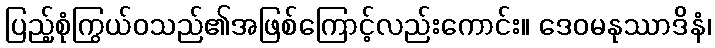
ပြည့်စုံကြွယ်ဝသည်၏အဖြစ်ကြောင့်လည်းကောင်း။ ဒေဝမနုဿာဒိနံ၊